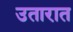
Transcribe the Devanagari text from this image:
उतारात